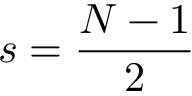
s = \frac { N - 1 } { 2 }